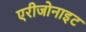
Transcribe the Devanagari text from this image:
एरीजोनाइट